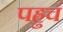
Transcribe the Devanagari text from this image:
पहुचं